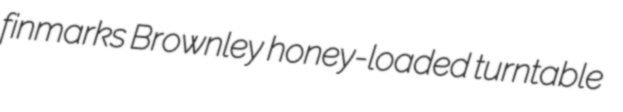
finmarks Brownley honey-loaded turntable